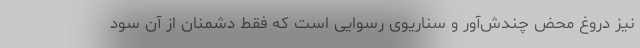
نیز دروغ محض چندش‌آور و سناریوی رسوایی است که فقط دشمنان از آن سود